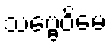
သဗ္ဗေဝိမေ